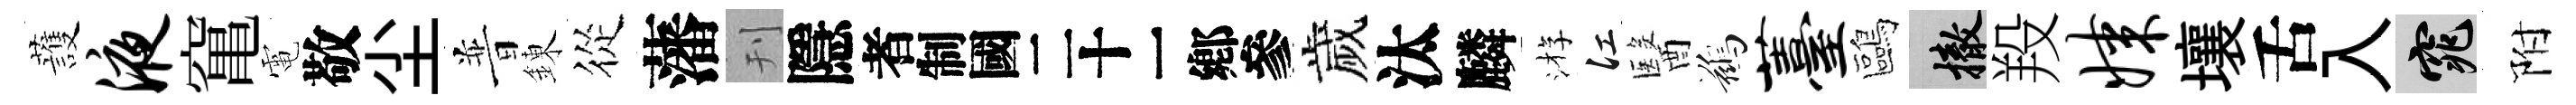
䕶液𥧄電敬尘普錬從藩刊隱识歲汰麟㳺江醫鷀薹鷗撤羖媒壤舌入窕附